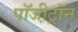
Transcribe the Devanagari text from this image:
पॉजी़ट्रॉन